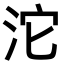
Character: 沱